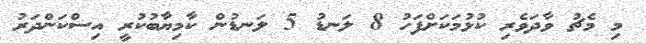
މި މެޗު ވާދަވެރި ކުޅުމަކަށްފަހު 8 ލަނޑު 5 ލަނޑުން ކާމިޔާބުކުރީ އިސްކަންދަރު